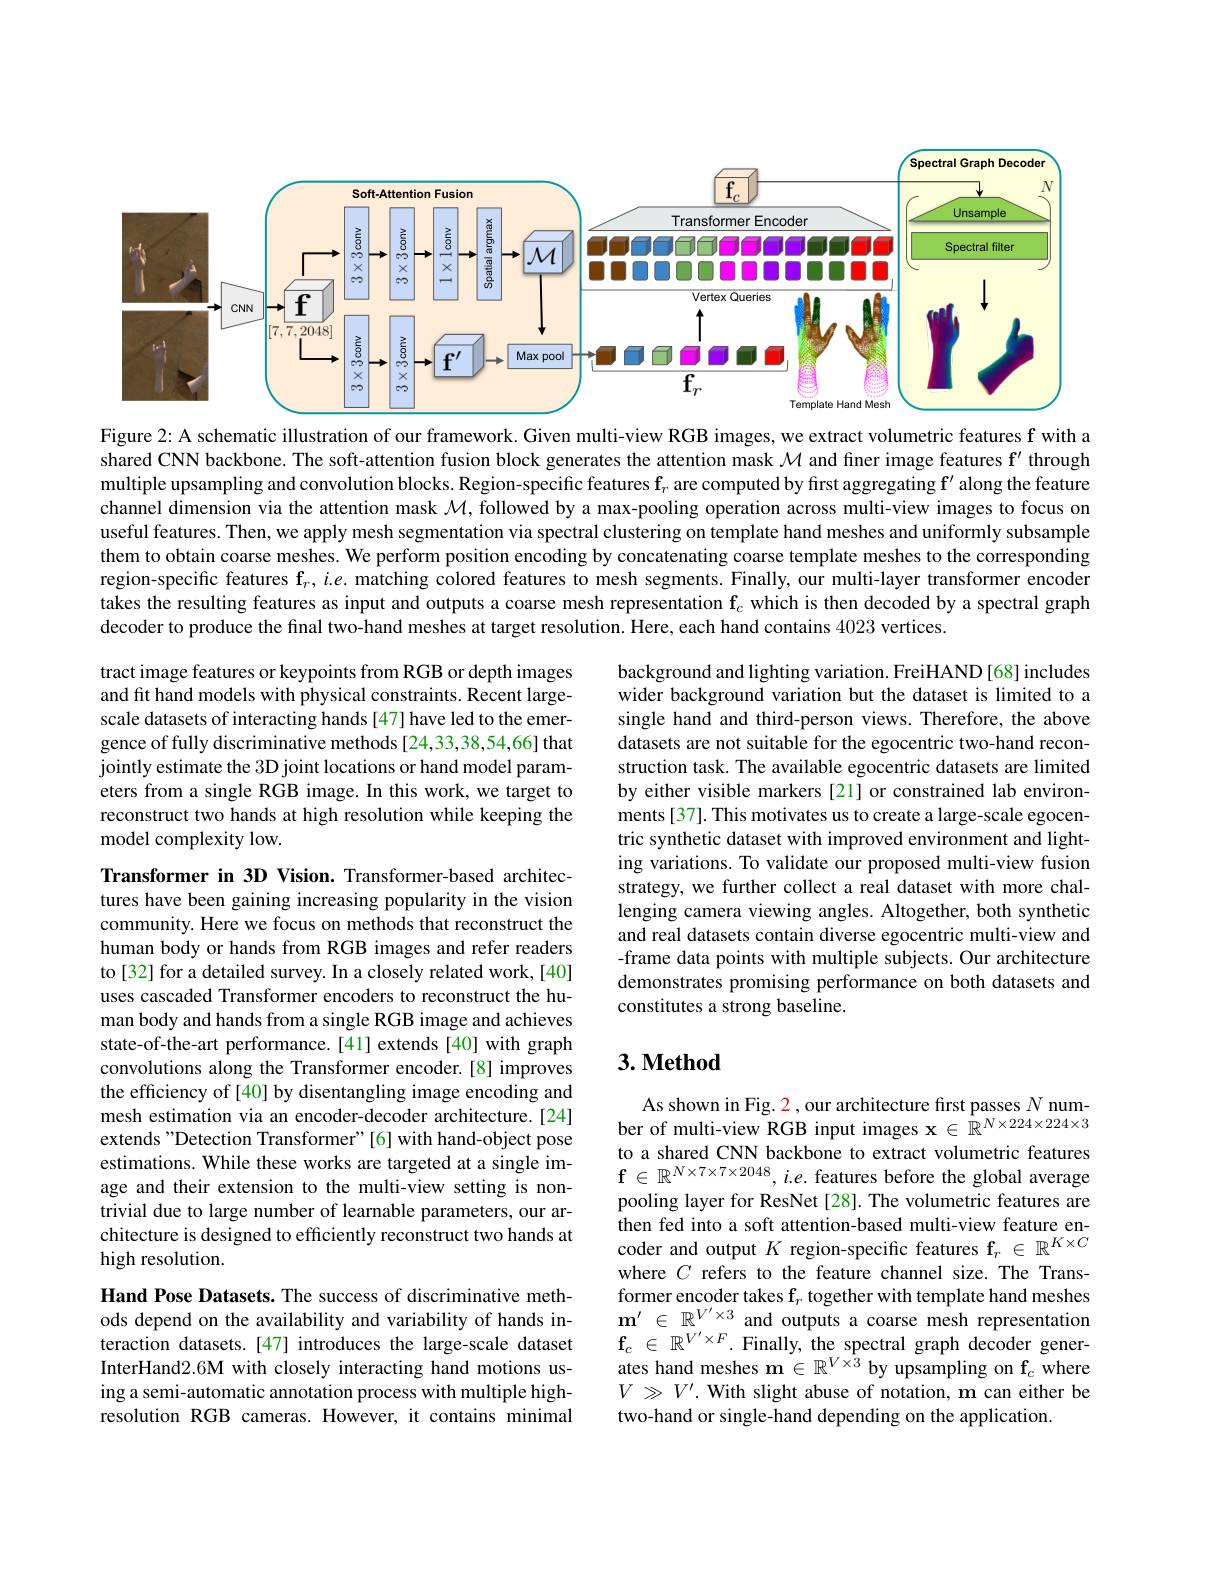
<FigureHere>

Figure 2: A schematic illustration of our framework. Given multi-view RGB images, we extract volumetric features f with a shared CNN backbone. The soft-attention fusion block generates the attention mask $\mathcal{M}$ and finer image features $\mathbf{f}^{\prime}$ through multiple upsampling and convolution blocks. Region-specific features $\mathbf{f}_r$ are computed by first aggregating $\mathbf{f}^{\prime}$ along the feature channel dimension via the attention mask $\mathcal{M}$,followed by a max-pooling operation across multi-view images to focus on useful features. Then, we apply mesh segmentation via spectral clustering on template hand meshes and uniformly subsample them to obtain coarse meshes. We perform position encoding by concatenating coarse template meshes to the corresponding region-specific features $\mathbf{f}_r,i.e.$ matching colored features to mesh segments. Finally, our multi-layer transformer encoder takes the resulting features as input and outputs a coarse mesh representation $\mathbf{f}_c$ which is then decoded by a spectral graph decoder to produce the final two-hand meshes at target resolution. Here, each hand contains 4023 vertices.

tract image features or keypoints from RGB or depth images and fit hand models with physical constraints. Recent largescale datasets of interacting hands [47] have led to the emergence of fully discriminative methods [24,33,38,54,66] that jointly estimate the 3D joint locations or hand model parameters from a single RGB image. In this work, we target to reconstruct two hands at high resolution while keeping the model complexity low.

background and lighting variation. FreiHAND [68] includes wider background variation but the dataset is limited to a single hand and third-person views. Therefore, the above datasets are not suitable for the egocentric two-hand reconstruction task. The available egocentric datasets are limited by either visible markers [21] or constrained lab environments [37]. This motivates us to create a large-scale egocentric synthetic dataset with improved environment and lighting variations. To validate our proposed multi-view fusion strategy, we further collect a real dataset with more challenging camera viewing angles. Altogether, both synthetic and real datasets contain diverse egocentric multi-view and -frame data points with multiple subjects. Our architecture demonstrates promising performance on both datasets and constitutes a strong baseline.

### $3. \textbf{Method}$

Transformer in 3D Vision. Transformer-based architectures have been gaining increasing popularity in the vision community. Here we focus on methods that reconstruct the human body or hands from RGB images and refer readers to [32] for a detailed survey. In a closely related work, [40] uses cascaded Transformer encoders to reconstruct the human body and hands from a single RGB image and achieves state-of-the-art performance.[41] extends [40] with graph convolutions along the Transformer encoder.[8] improves the efficiency of [40] by disentangling image encoding and mesh estimation via an encoder-decoder architecture.[24] extends "Detection Transformer"[6] with hand-object pose estimations. While these works are targeted at a single image and their extension to the multi-view setting is nontrivial due to large number of learnable parameters, our architecture is designed to efficiently reconstruct two hands at high resolution.

As shown in Fig. 2, our architecture fırst passes $N$ number of multi-view RGB input images $\mathbf{x}\in\mathbb{R}^N\times224\times224\times3$ to a shared CNN backbone to extract volumetric features $\mathbf{f}\in\mathbb{R}^{N\times7\times7\times2048},i.e.$features before the global average pooling layer for ResNet [28]. The volumetric features are then fed into a soft attention-based multi-view feature encoder and output $K$ region-specific features f$_r\in\mathbb{R}^K\times C$ where $C$ refers to the feature channel size.The Transformer encoder takes $\mathrm{f}_r$ together with template hand meshes $\mathbf{m}^{\prime}\in\mathbb{R}^{V^{\prime}\times3}$ and outputs a coarse mesh representation $\mathbf{f} _{c}$ $\in$ $\mathbb{R} ^{V^{\prime }\times F}.$ Finally, the spectral graph decoder generates hand meshes $\mathbf{m}\in\mathbb{R}^V\times3$ by upsampling on f$_c$ where $V\gg V^{\prime}.$ With slight abuse of notation, m can either be two-hand or single-hand depending on the application

Hand Pose Datasets. The success of discriminative methods depend on the availability and variability of hands interaction datasets.[47] introduces the large-scale dataset InterHand2.6M with closely interacting hand motions using a semi-automatic annotation process with multiple highresolution RGB cameras. However, it contains minimal